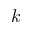
k